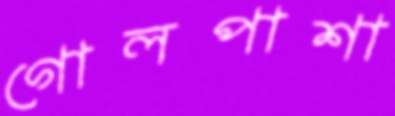
গোলপাশা